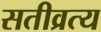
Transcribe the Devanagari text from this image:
सतीव्रत्य